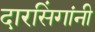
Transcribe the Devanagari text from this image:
दारसिंगांनी